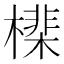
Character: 𣚡